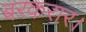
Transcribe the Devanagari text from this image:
बरकरार।